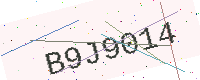
Text: B9J9014